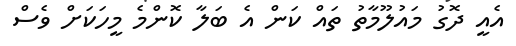
އެެއީ ދޮގު މައުލޫމާތު ތައް ކަން އެ ބަލާ ކޮންމެ މީހަކަށް ވެސް